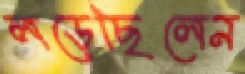
লড়েছিলেন